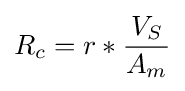
R_{c}=r*{\frac {V_{S}}{A_{m}}}